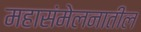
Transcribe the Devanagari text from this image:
महासंमेलनातील